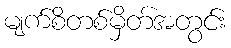
မျက်စိတစ်မှိတ်အတွင်း